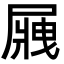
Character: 𡲿